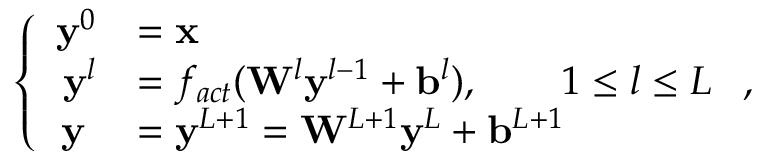
\left\{ \begin{array} { r l } { \mathbf { y } ^ { 0 } } & { = \mathbf { x } } \\ { \mathbf { y } ^ { l } } & { = f _ { a c t } ( \mathbf { W } ^ { l } \mathbf { y } ^ { l - 1 } + \mathbf { b } ^ { l } ) , \qquad 1 \le l \le L } \\ { \mathbf { y } \; } & { = \mathbf { y } ^ { L + 1 } = \mathbf { W } ^ { L + 1 } \mathbf { y } ^ { L } + \mathbf { b } ^ { L + 1 } } \end{array} \right. ,